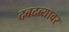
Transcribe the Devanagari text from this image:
दबदब्यावर